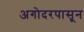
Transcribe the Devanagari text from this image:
अगोदरपासून